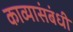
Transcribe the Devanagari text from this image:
काव्यासंबंधी